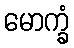
မောက္ခံ